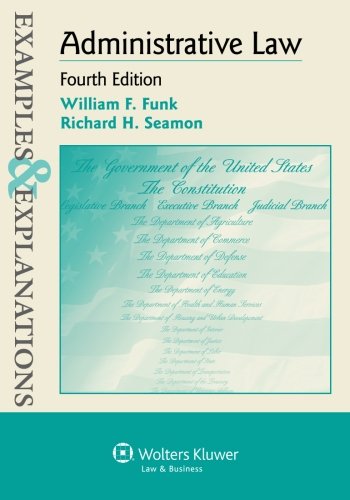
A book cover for Examples & Explanations: Administrative Law, Fourth Edition; William F. Funk; Law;